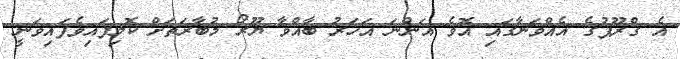
އެ ގްރޫޕުގެ އެއްވަނާގައި އޮވެ އަންނަ އަހަރު ބާއްވާ ޔޫރޯ މުބާރަތަށް ކޮލިފައިވެފައިވަނީ